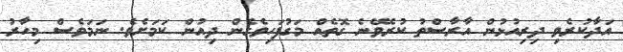
އަދާކުރެވި ދިރިއުޅުން އާރާސްތު ކުރެވޭނެ ގޮތެއް މަގުފަހިވެގެން ދިއުން ކަމަށެވެ. ނަމަވެސް މިހާރު